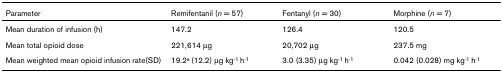
<table><thead><tr><td><b>Parameter</b></td><td><b>Remifentanil (<i>n </i>= 57)</b></td><td><b>Fentanyl (<i>n </i>= 30)</b></td><td><b>Morphine (<i>n </i>= 7)</b></td></tr></thead><tbody><tr><td>Mean duration of infusion (h)</td><td>147.2</td><td>126.4</td><td>120.5</td></tr><tr><td>Mean total opioid dose</td><td>221,614 μg</td><td>20,702 μg</td><td>237.5 mg</td></tr><tr><td>Mean weighted mean opioid infusion rate(SD)</td><td>19.2<sup>a </sup>(12.2) μg kg<sup>-1 </sup>h<sup>-1</sup></td><td>3.0 (3.35) μg kg<sup>-1 </sup>h<sup>-1</sup></td><td>0.042 (0.028) mg kg<sup>-1 </sup>h<sup>-1</sup></td></tr></tbody></table>